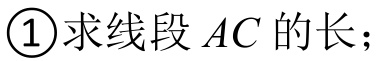
\textcircled{1}求线段 \(AC\) 的长；